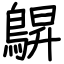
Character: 鵿